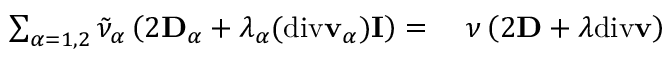
\begin{array} { r l } { \sum _ { \alpha = 1 , 2 } \tilde { \nu } _ { \alpha } \left( 2 \mathbf { D } _ { \alpha } + \lambda _ { \alpha } ( \mathrm { d i v } \mathbf { v } _ { \alpha } ) \mathbf { I } \right) = } & { { } ~ \nu \left( 2 \mathbf { D } + \lambda \mathrm { d i v } \mathbf { v } \right) } \end{array}